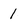
Character: 1